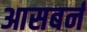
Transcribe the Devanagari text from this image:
आसबर्न